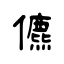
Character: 儦